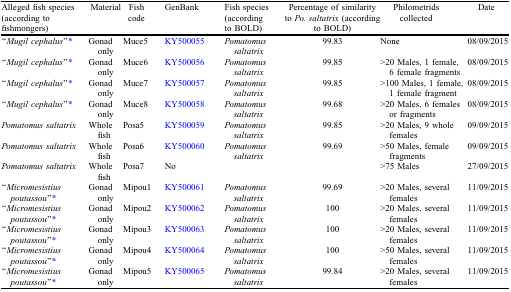
| Alleged fish species (according to fishmongers) | Material | Fish code | GenBank | Fish species (according to BOLD) | Percentage of similarity to Po. saltatrix (according to BOLD) | Philometrids collected | Date |
 | --- | --- | --- | --- | --- | --- | --- | --- |
 | “Mugil cephalus”* | Gonad only | Muce5 | KY500055 | Pomatomus saltatrix | 99.83 | None | 08/09/2015 |
 | “Mugil cephalus”* | Gonad only | Muce6 | KY500056 | Pomatomus saltatrix | 99.85 | >20 Males, 1 female, 6 female fragments | 08/09/2015 |
 | “Mugil cephalus”* | Gonad only | Muce7 | KY500057 | Pomatomus saltatrix | 99.85 | >100 Males, 1 female, 1 female fragment | 08/09/2015 |
 | “Mugil cephalus”* | Gonad only | Muce8 | KY500058 | Pomatomus saltatrix | 99.68 | >20 Males, 6 females or fragments | 08/09/2015 |
 | Pomatomus saltatrix | Whole fish | Posa5 | KY500059 | Pomatomus saltatrix | 99.85 | >20 Males, 9 whole females | 09/09/2015 |
 | Pomatomus saltatrix | Whole fish | Posa6 | KY500060 | Pomatomus saltatrix | 99.69 | >50 Males, female fragments | 09/09/2015 |
 | Pomatomus saltatrix | Whole fish | Posa7 | No |  |  | >75 Males | 27/09/2015 |
 | “Micromesistius poutassou”* | Gonad only | Mipou1 | KY500061 | Pomatomus saltatrix | 99.69 | >20 Males, several females | 11/09/2015 |
 | “Micromesistius poutassou”* | Gonad only | Mipou2 | KY500062 | Pomatomus saltatrix | 100 | >20 Males, several females | 11/09/2015 |
 | “Micromesistius poutassou”* | Gonad only | Mipou3 | KY500063 | Pomatomus saltatrix | 100 | >20 Males, several females | 11/09/2015 |
 | “Micromesistius poutassou”* | Gonad only | Mipou4 | KY500064 | Pomatomus saltatrix | 100 | >50 Males, several females | 11/09/2015 |
 | “Micromesistius poutassou”* | Gonad only | Mipou5 | KY500065 | Pomatomus saltatrix | 99.84 | >20 Males, several females | 11/09/2015 |